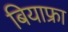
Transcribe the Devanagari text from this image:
बियाफ्रा